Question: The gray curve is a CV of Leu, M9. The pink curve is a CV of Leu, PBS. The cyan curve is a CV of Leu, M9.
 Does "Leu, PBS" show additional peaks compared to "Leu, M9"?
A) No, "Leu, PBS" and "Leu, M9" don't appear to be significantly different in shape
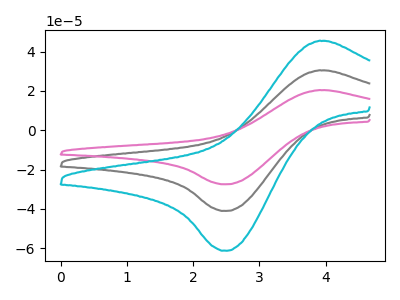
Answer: <think>The gray curve "Leu, M9" has an anodic peak at (3.90V, 30.45uA) and a cathodic peak at (2.50V, -41.05uA). The pink curve "Leu, PBS" has an anodic peak at (3.90V, 20.40uA) and a cathodic peak at (2.50V, -27.50uA). The cyan curve "Leu, M9" has an anodic peak at (3.90V, 60.95uA) and a cathodic peak at (2.50V, -82.05uA).
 All the peaks in "Leu, PBS" have a peak in "Leu, M9" at the same potential. Every peak in "Leu, PBS" is lower than every peak in "Leu, M9".</think>
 <answer>A) No, "Leu, PBS" and "Leu, M9" don't appear to be significantly different in shape</answer>
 <eval>A</eval>